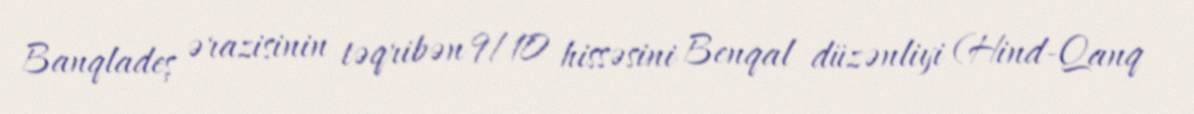
Banqladeş ərazisinin təqribən 9/10 hissəsini Benqal düzənliyi (Hind-Qanq